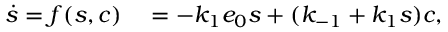
\begin{array} { r l } { \dot { s } = f ( s , c ) } & { { } = - k _ { 1 } e _ { 0 } s + ( k _ { - 1 } + k _ { 1 } s ) c , } \end{array}